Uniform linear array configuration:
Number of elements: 4
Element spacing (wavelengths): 0.75
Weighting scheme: kaiser
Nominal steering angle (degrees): -45
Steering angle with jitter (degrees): -46.837
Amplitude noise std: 0.05
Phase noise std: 0.05

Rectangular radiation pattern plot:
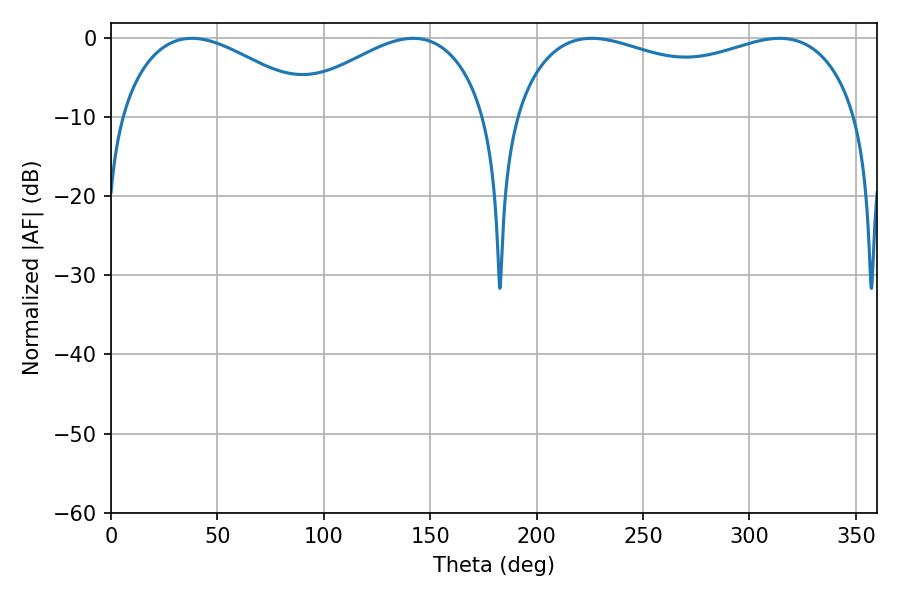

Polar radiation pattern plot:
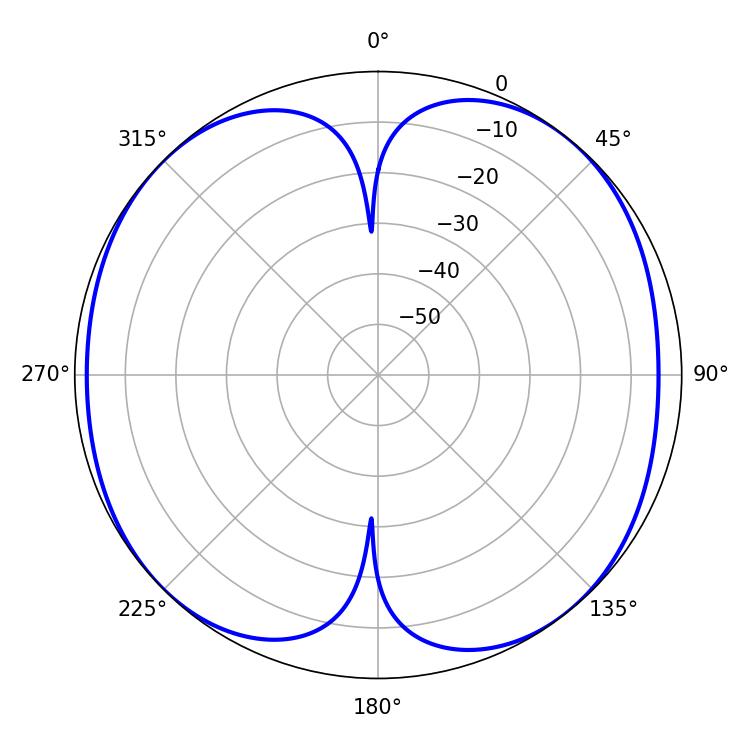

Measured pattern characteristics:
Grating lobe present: TRUE
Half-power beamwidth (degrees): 51.3
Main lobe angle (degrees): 37.98